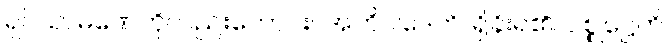
ရှင်သာမဏေကိုလည်းကောင်း။ အဘိဝါဒေတိ၊ ရှိခိုးရ၏။ ပစ္စုဋ္ဌေတိ၊